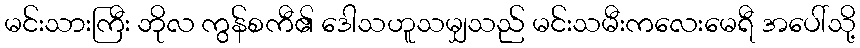
မင်းသားကြီး ဘိုလ ကွန်စကီ၏ ဒေါသဟူသမျှသည် မင်းသမီးကလေးမေရီ အပေါ်သို့